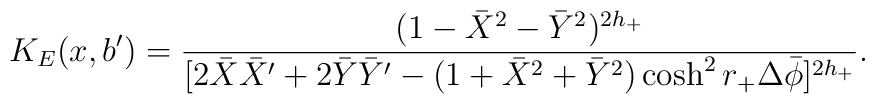
K_E(x,b') = {(1-\bar X^2 - \bar Y^2)^{2h_+} \over [2\bar X \bar X'    + 2 \bar Y \bar Y' - (1 + \bar X^2 + \bar Y^2) \cosh^2    r_+ \Delta \bar \phi ]^{2h_+}}.